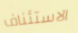
الاستئناف